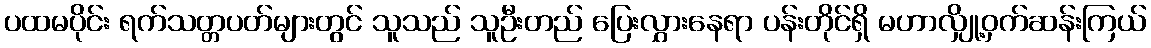
ပထမပိုင်း ရက်သတ္တပတ်များတွင် သူသည် သူဦးတည် ပြေးလွှားနေရာ ပန်းတိုင်ရှိ မဟာလျှို့ဝှက်ဆန်းကြယ်